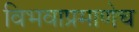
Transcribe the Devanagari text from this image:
विभवाप्रमाणेच